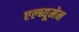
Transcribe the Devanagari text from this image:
एल्ब्यूमेन